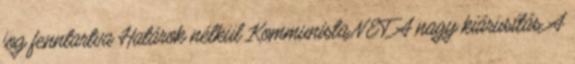
jog fenntartva Határok nélkül Kommunista.NET A nagy kiárusítás A